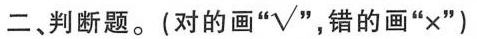
二、判断题。(对的画 “√” 错的画”×”)